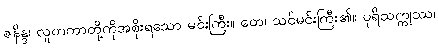
ဇနိန္ဒ၊ လူတကာတို့ကိုအစိုးရသော မင်းကြီး။ တေ၊ သင်မင်းကြီး၏။ ပုရိသက္ကုဿ၊